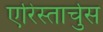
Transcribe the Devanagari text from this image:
एरिस्तार्चुस